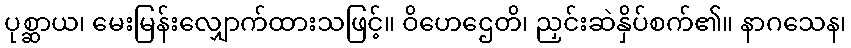
ပုစ္ဆာယ၊ မေးမြန်းလျှောက်ထားသဖြင့်။ ဝိဟေဌေတိ၊ ညှင်းဆဲနှိပ်စက်၏။ နာဂသေန၊